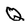
Character: Q